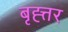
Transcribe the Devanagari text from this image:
बृह्त्तर